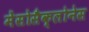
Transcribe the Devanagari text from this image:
मेंसोसैक्लोनेस